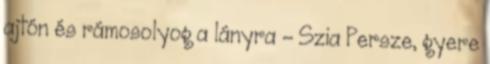
ajtón és rámosolyog a lányra - Szia Persze, gyere